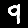
Digit: 9